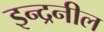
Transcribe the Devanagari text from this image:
इन्द्रनील